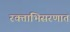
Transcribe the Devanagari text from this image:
रक्ताभिसरणात